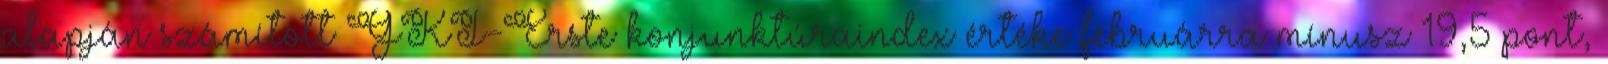
alapján számított GKI-Erste konjunktúraindex értéke februárra mínusz 19,5 pont,